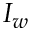
I _ { w }